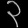
Digit: ၃